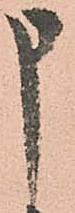
申